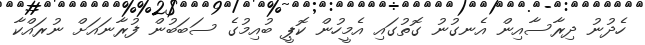
ހެދުނު ދިރާސާއިން އެނގުނު ގޮތުގައި އެމީހުން ކޮޕީ ބުއިމުގެ ސަބަބުން ފުރާނައަށް ނުރައްކާ